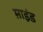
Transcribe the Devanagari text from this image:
म़ाइंड